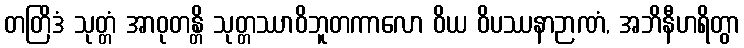
တတြိဒံ သုတ္တံ အာဝုတန္တိ သုတ္တဿာဝိဘူတကာလော ဝိယ ဝိပဿနာဉာဏံ, အဘိနီဟရိတွာ